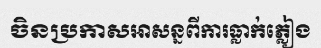
ចិនប្រកាសអាសន្នពីការធ្លាក់ភ្លៀង